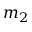
m _ { 2 }